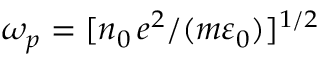
\omega _ { p } = [ n _ { 0 } \, e ^ { 2 } / ( m \varepsilon _ { 0 } ) ] ^ { 1 / 2 }